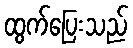
ထွက်ပြေးသည်